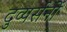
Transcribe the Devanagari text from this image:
दुव्यर्सनों